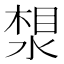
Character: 𪶛